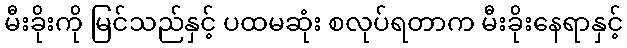
မီးခိုးကို မြင်သည်နှင့် ပထမဆုံး စလုပ်ရတာက မီးခိုးနေရာနှင့်